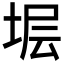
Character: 𱖷